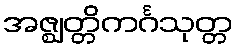
အဇ္ဈတ္တိကင်္ဂသုတ္တ